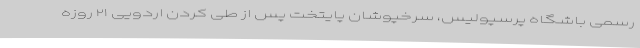
رسمی باشگاه پرسپولیس، سرخپوشان پایتخت پس از طی کردن اردویی ۲۱ روزه